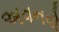
અવનવો